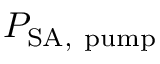
P _ { \mathrm { S A , ~ p u m p } }